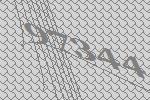
97344